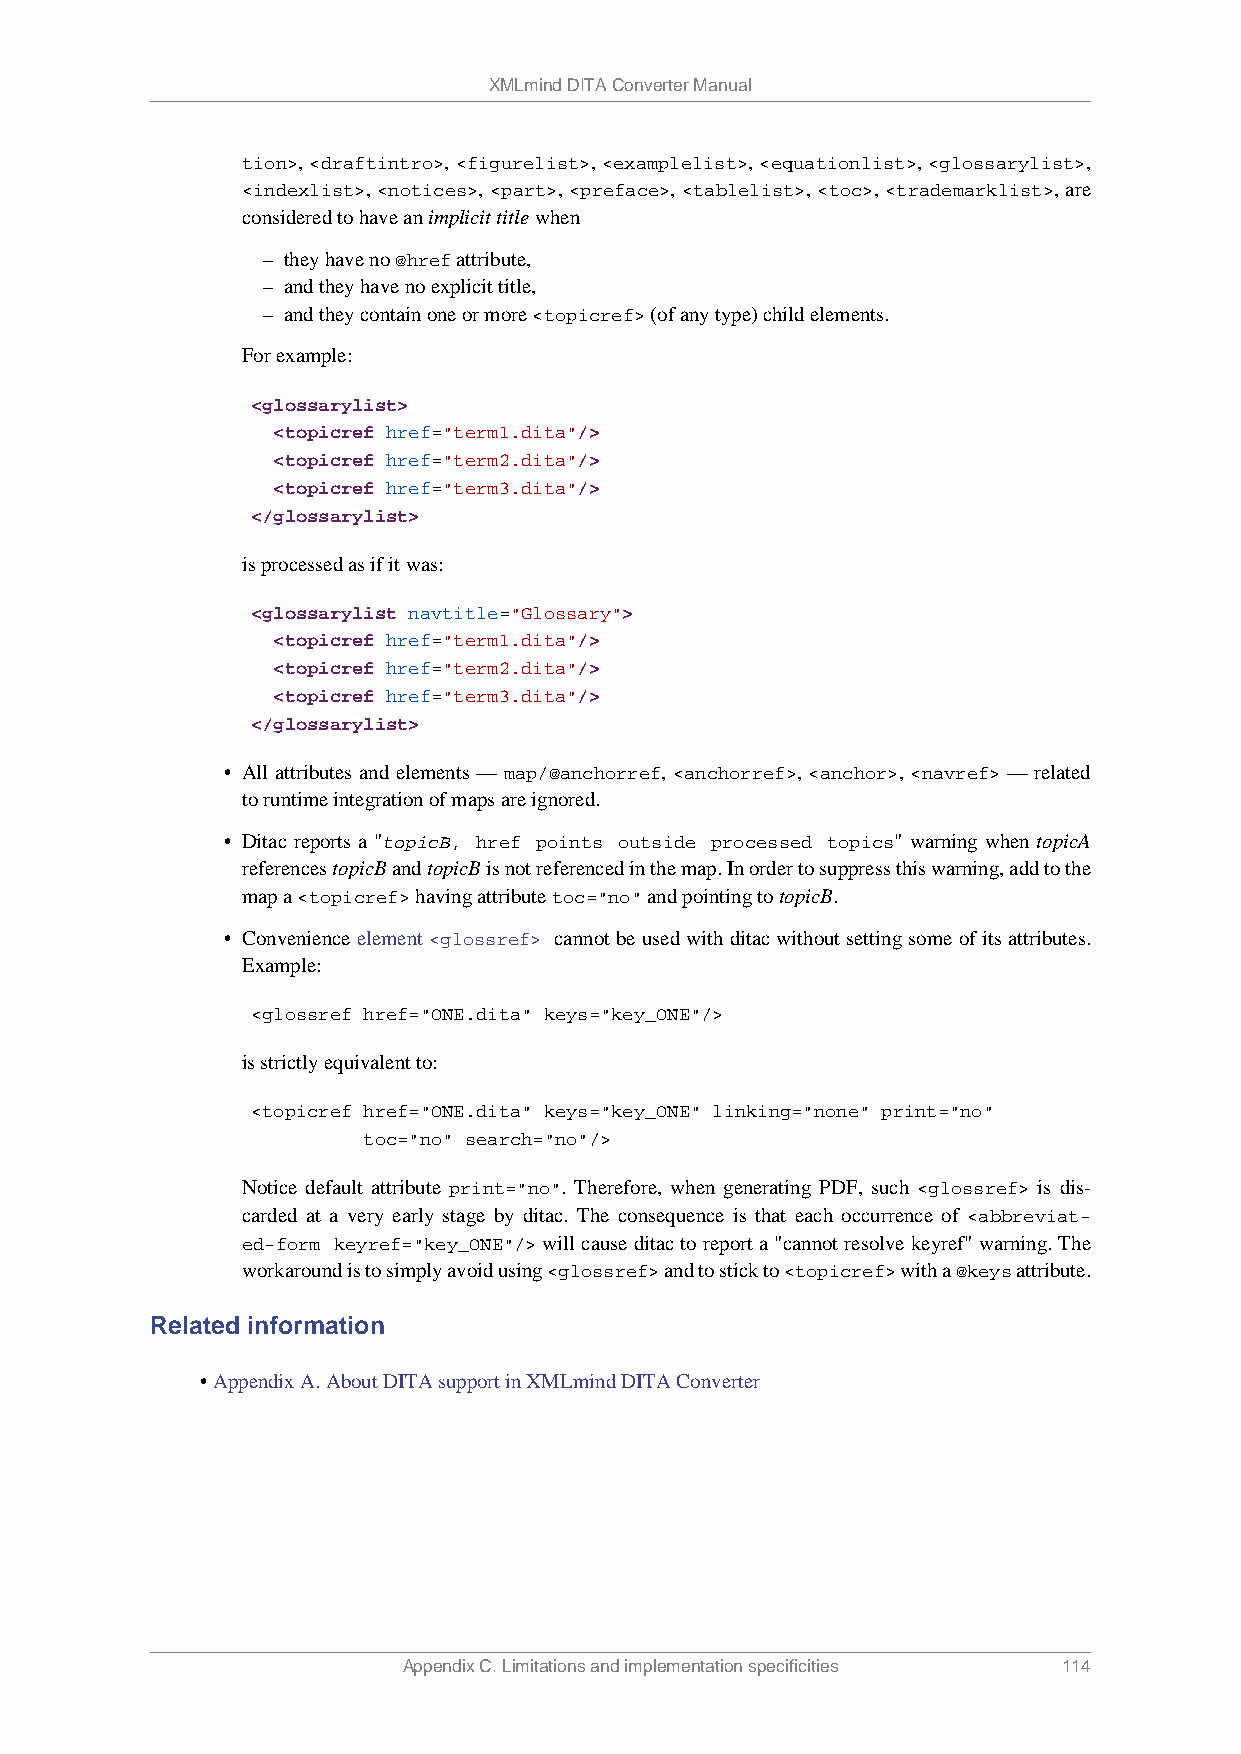
XMLmind DITA Converter Manual
 tion>, <draftintro>, <figurelist>, <examplelist>, <equationlist>, <glossarylist>,
 <indexlist>, <notices>, <part>, <preface>, <tablelist>, <toc>, <trademarklist>, are
 considered to have an implicit title when
 – they have no @href attribute,
 – and they have no explicit title,
 – and they contain one or more <topicref> (of any type) child elements.
 For example:
 <glossarylist>
 <topicref href="term1.dita"/>
 <topicref href="term2.dita"/>
 <topicref href="term3.dita"/>
 </glossarylist>
 is processed as if it was:
 <glossarylist navtitle="Glossary">
 <topicref href="term1.dita"/>
 <topicref href="term2.dita"/>
 <topicref href="term3.dita"/>
 </glossarylist>
 • All attributes and elements — map/@anchorref, <anchorref>, <anchor>, <navref> — related
 to runtime integration of maps are ignored.
 • Ditac reports a "topicB, href points outside processed topics" warning when topicA
 references topicB and topicB is not referenced in the map. In order to suppress this warning, add to the
 map a <topicref> having attribute toc="no" and pointing to topicB.
 • Convenience element <glossref> cannot be used with ditac without setting some of its attributes.
 Example:
 <glossref href="ONE.dita" keys="key_ONE"/>
 is strictly equivalent to:
 <topicref href="ONE.dita" keys="key_ONE" linking="none" print="no"
 toc="no" search="no"/>
 Notice default attribute print="no". Therefore, when generating PDF, such <glossref> is dis-
 carded at a very early stage by ditac. The consequence is that each occurrence of <abbreviat-
 ed-form keyref="key_ONE"/> will cause ditac to report a "cannot resolve keyref" warning. The
 workaround is to simply avoid using <glossref> and to stick to <topicref> with a @keys attribute.
 Related information
 • Appendix A. About DITA support in XMLmind DITA Converter
 Appendix C. Limitations and implementation specificities 114